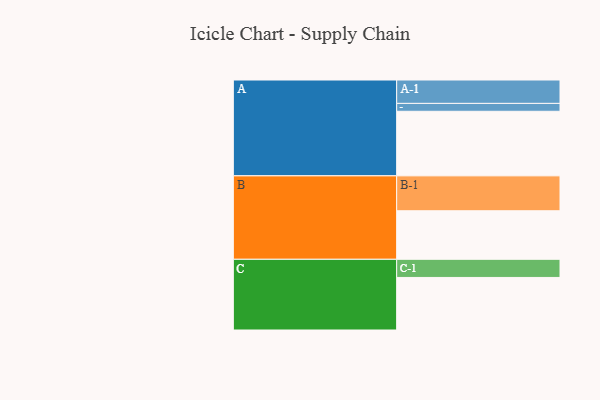
{"axis": {"x": "Segment", "y": "Value"}, "legend": ["", "A", "B", "C"], "data": [{"x": "A", "y": 516, "type": ""}, {"x": "B", "y": 388, "type": ""}, {"x": "C", "y": 420, "type": ""}, {"x": "A-1", "y": 187, "type": "A"}, {"x": "A-2", "y": 63, "type": "A"}, {"x": "B-1", "y": 279, "type": "B"}, {"x": "C-1", "y": 145, "type": "C"}]}